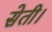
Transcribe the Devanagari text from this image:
सेती।